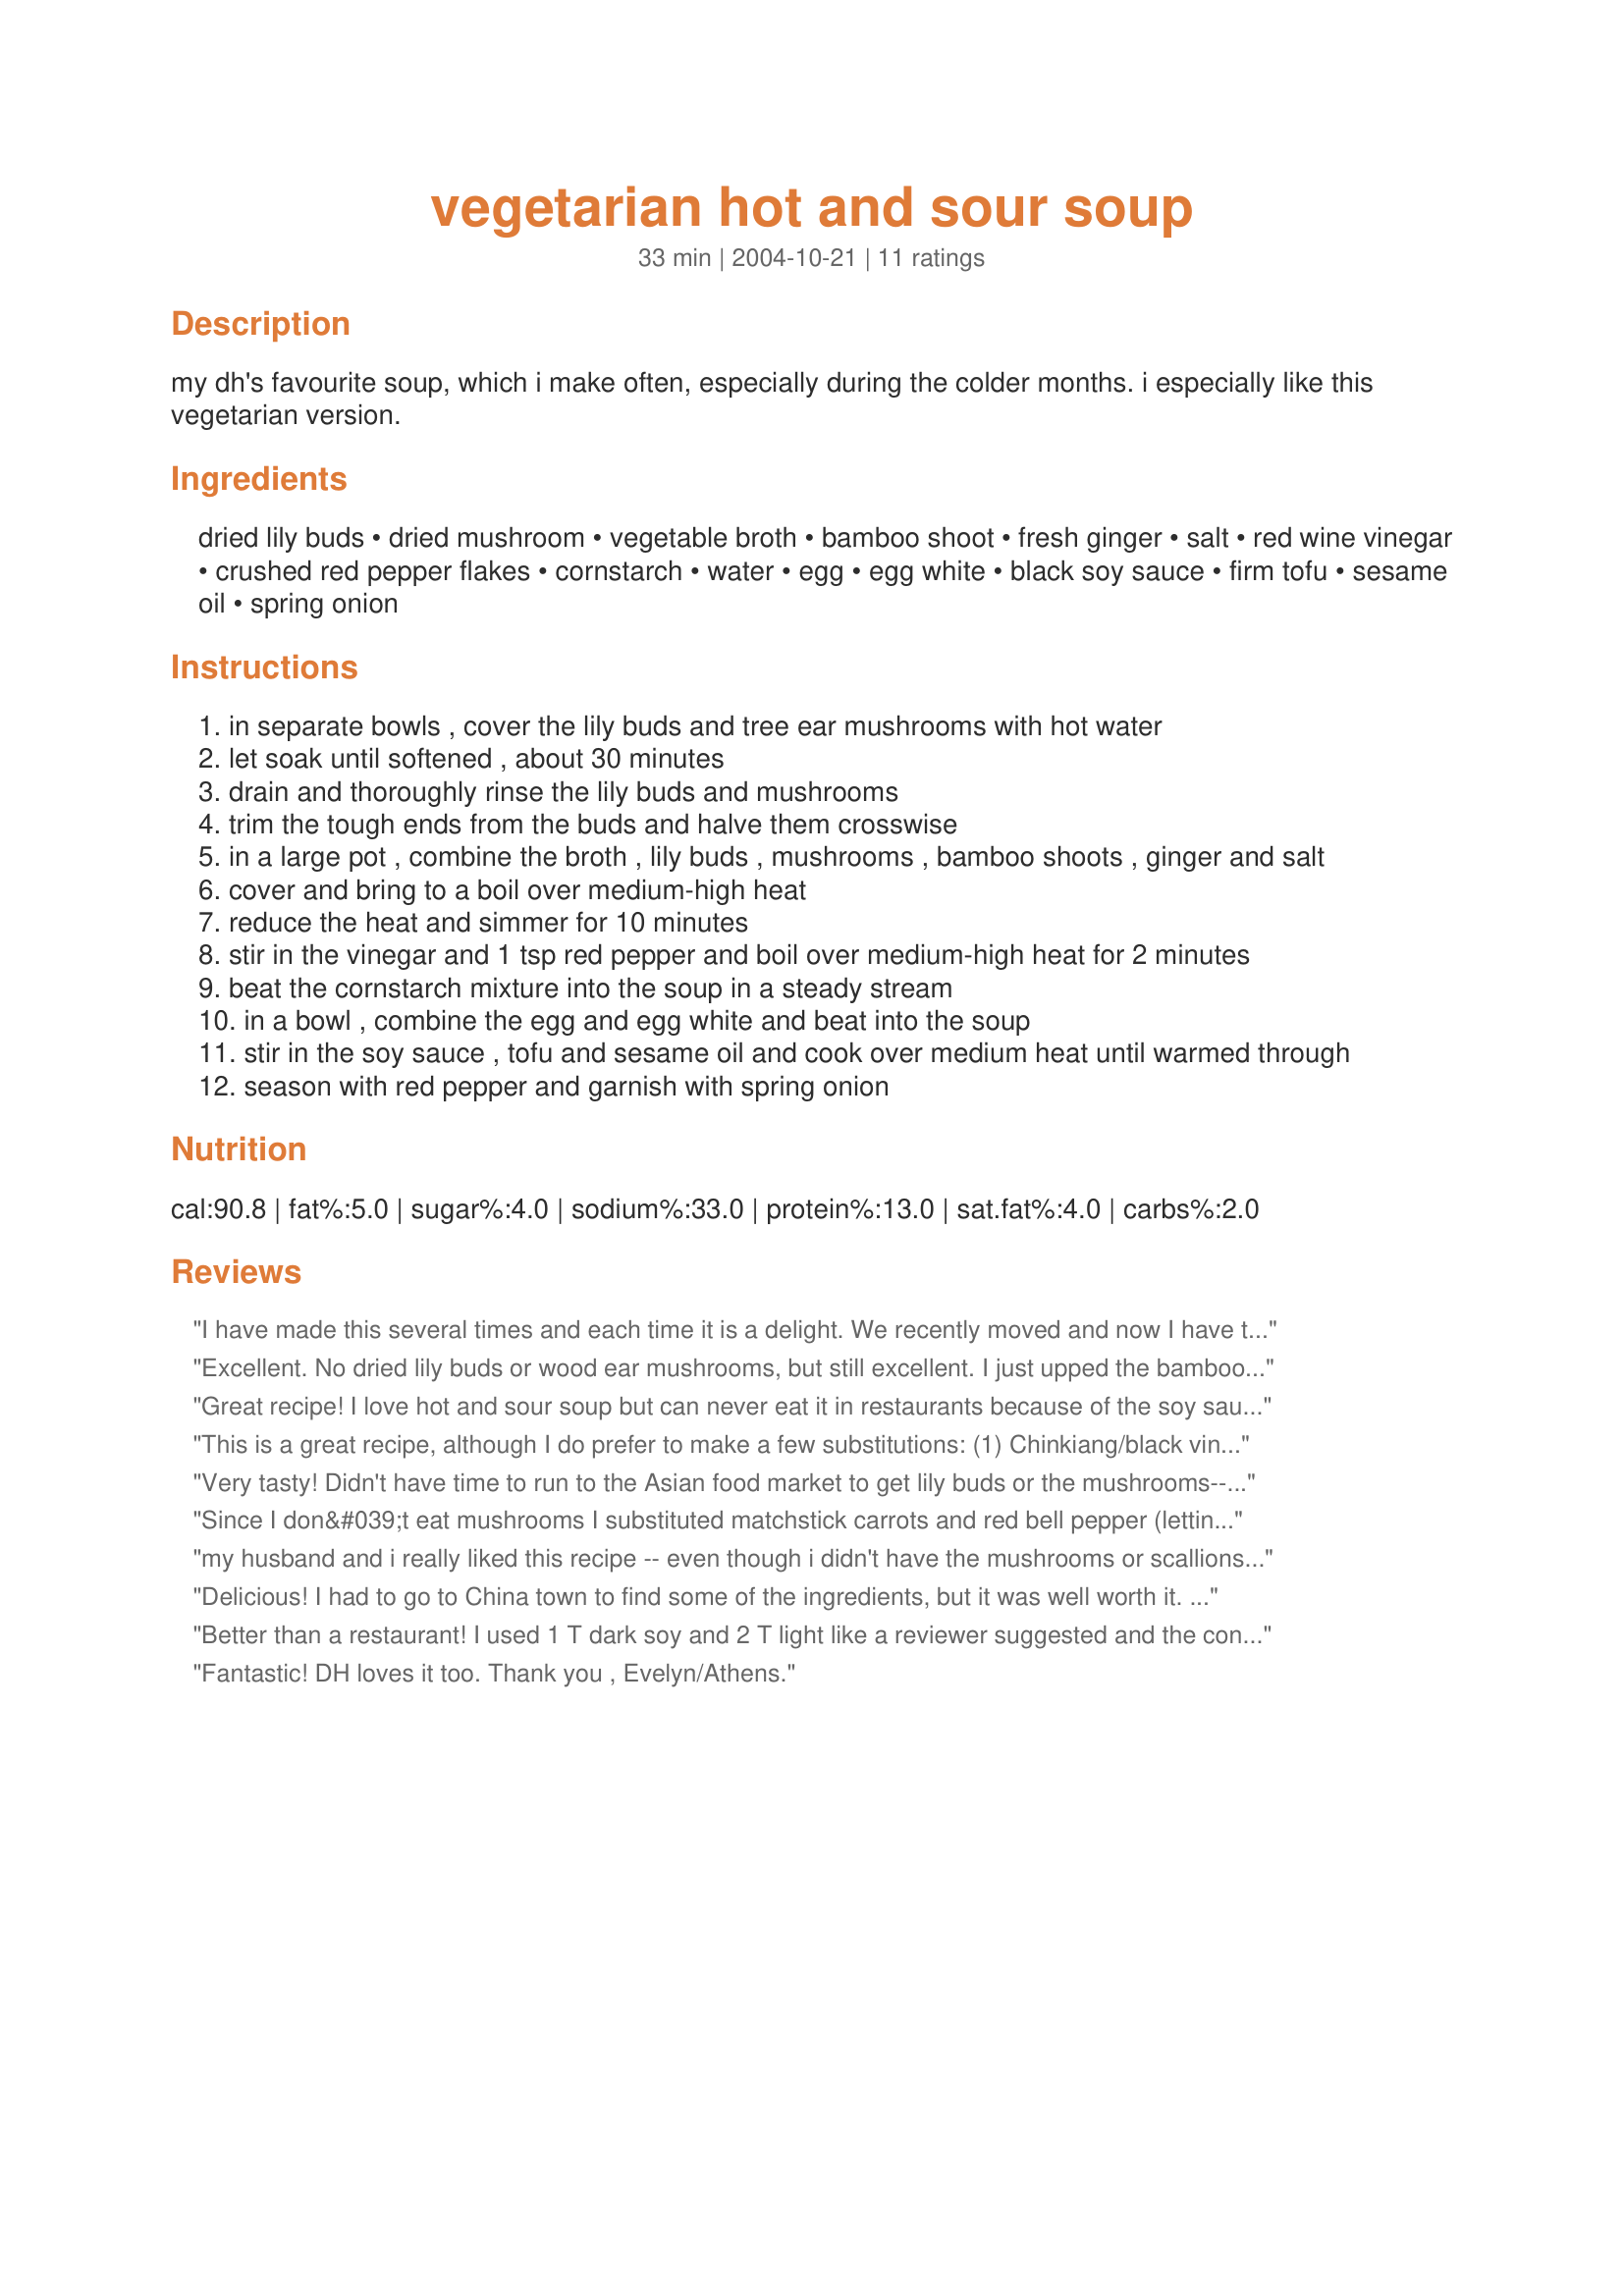
vegetarian hot and sour soup
Preparation time: 33 minutes

my dh's favourite soup, which i make often, especially during the colder months. i especially like this vegetarian version.

Ingredients:
dried lily buds, dried mushroom, vegetable broth, bamboo shoot, fresh ginger, salt, red wine vinegar, crushed red pepper flakes, cornstarch, water, egg, egg white, black soy sauce, firm tofu, sesame oil, spring onion

Steps:
in separate bowls , cover the lily buds and tree ear mushrooms with hot water
let soak until softened , about 30 minutes
drain and thoroughly rinse the lily buds and mushrooms
trim the tough ends from the buds and halve them crosswise
in a large pot , combine the broth , lily buds , mushrooms , bamboo shoots , ginger and salt
cover and bring to a boil over medium-high heat
reduce the heat and simmer for 10 minutes
stir in the vinegar and 1 tsp red pepper and boil over medium-high heat for 2 minutes
beat the cornstarch mixture into the soup in a steady stream
in a bowl , combine the egg and egg white and beat into the soup
stir in the soy sauce , tofu and sesame oil and cook over medium heat until warmed through
season with red pepper and garnish with spring onion

Reviews:
I have made this several times and each time it is a delight. We recently moved and now I have to make my own hot & sour soup to get anything decent. This is so easy. I found using 1 T. dark soy sauce and 2 T. light soy sauce gives it just the right color I am used to. I also like mine with a lil more vinegar. wonderful!
Excellent. No dried lily buds or wood ear mushrooms, but still excellent. I just upped the bamboo a bit to make up for lost texture. We just loved this--and it's vegetarian to boot! Thanks for posting!
Great recipe! I love hot and sour soup but can never eat it in restaurants because of the soy sauce and my gluten allergy. I easily subbed tamari for the soy sauce in equal portions. My only suggestion is to follow the instructions on the package for the dried mushrooms. I didn't boil my dried lily buds first like the package said, just soaked in hot water. They came out kind of grainy even though they simmered for 30 min in the soup after the hot bath soak. Once I picked them out, it was great! Thanks for posting!
This is a great recipe, although I do prefer to make a few substitutions: (1) Chinkiang/black vinegar to taste instead of red wine vinegar (maybe 5+ Tbl or so), (2) 1 tsp white pepper instead of red pepper, and (3) 2 large eggs so that I don't have to deal with the extra yolk. I also add shiitake mushrooms. Thanks for sharing!
Very tasty! Didn't have time to run to the Asian food market to get lily buds or the mushrooms-- so left out the lily buds, added extra bamboo, and used fresh mushrooms (about a cup). It was delicious-- thanks!
Since I don&#039;t eat mushrooms I substituted matchstick carrots and red bell pepper (letting them boil for a while with the broth). I just added one egg and more tofu. Delicious soup, easy to make. BF liked this too. Vegetarian, of course, is best. Thanks!
my husband and i really liked this recipe -- even though i didn't have the mushrooms or scallions on hand. i added a little more heat and vinegar to make it hotter. thanks!
Delicious! I had to go to China town to find some of the ingredients, but it was well worth it. I added extra red pepper to make it hotter. SO yummy!
Better than a restaurant! I used 1 T dark soy and 2 T light like a reviewer suggested and the consistency and color are beautiful. The only change I'll make next time is to use Chinkiang (black) instead of red wine vinegar. FYI at my Asian market the wood ear package says "dried auricularia" - they do look a little like ears, so that may help you find them.
Fantastic! DH loves it too. Thank you , Evelyn/Athens.
This was delicious! I couldn&#039;t find lily buds so I left it out and I used shitake mushrooms. My mum loved it - her only complaint was that the tofu was bland. Next time I&#039;ll saute it in some ginger and chili oil and then add it to the soup at the end.
